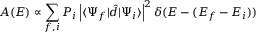
A ( E ) \propto \sum _ { f , i } P _ { i } \left| \langle \Psi _ { f } | \hat { d } | \Psi _ { i } \rangle \right| ^ { 2 } \delta ( E - ( E _ { f } - E _ { i } ) )